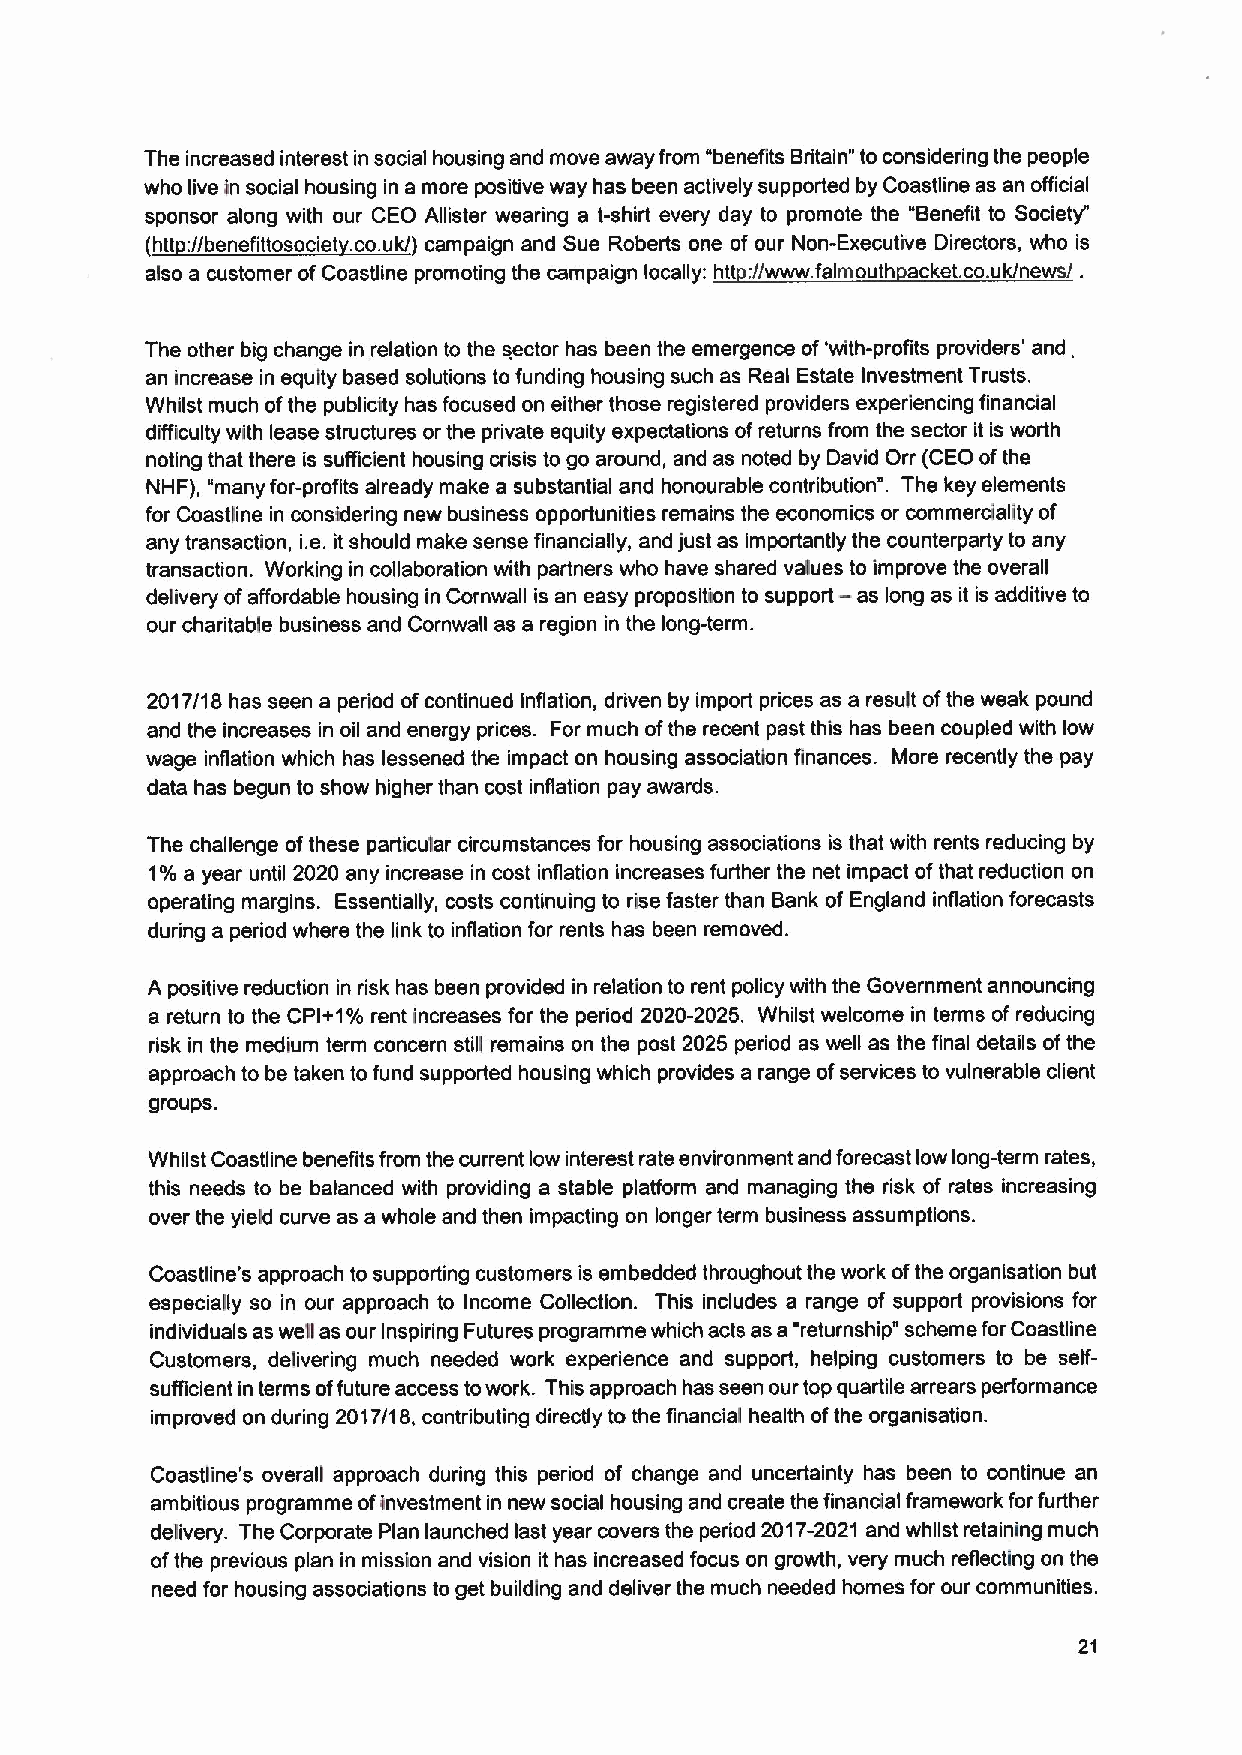
The increased interest in social housing and move away from "benefits Britain" to considering the people
 who live in social housing in a more positive way has been actively supported by Coastline as an official
 sponsor along with our CEO Allister wearing a t-shirt every day to promote the "Benefit to Society"
 (htt://benefittosociet .co. uk/) campaign and Sue Roberts one of our Non-Executive Directors, who is
 also a customer ofCoastline promoting the campaign locally: htt://www. falmouth acket.co.uk/news/.
 The other big change in relation to the sector has been the emergence of'with-profits providers' and,
 an increase in equity based solutions to funding housing such as Real Estate Investment Trusts.
 Whilst much ofthe publicity has focused on either those registered providers experiencing financial
 difficulty with lease structures or the private equity expectations ofreturns from the sector it is worth
 noting that there is sufficient housing crisis to go around, and as noted by David Orr (CEO ofthe
 NHF), "many for-profits already make a substantial and honourable contribution". The key elements
 for Coastline in considering new business opportunities remains the economics or commerciality of
 any transaction, i.e. it should make sense financially, and just as importantly the counterparty to any
 transaction. Working in collaboration with partners who have shared values to improve the overall
 delivery ofaffordable housing in Cornwall is an easy proposition to support —as long as it is additive to
 our charitable business and Cornwall as a region in the long-term.
 2017/18 has seen a period ofcontinued inflation, driven by import prices as a result ofthe weak pound
 and the increases in oil and energy prices. For much ofthe recent past this has been coupled with low
 wage inflation which has lessened the impact on housing associaQon finances. More recently the pay
 data has begun to show higher than cost inflation pay awards.
 The challenge ofthese particular circumstances for housing associations is that with rents reducing by
 1%a year until 2020 any increase in cost inflation increases further the net impact ofthat reduction on
 operating margins. Essentially, costs continuing to rise faster than Bank of England inflation forecasts
 during a period where the link to inflation for rents has been removed.
 A positive reduction in risk has been provided in relation to rent policy with the Government announcing
 a return to the CPI+1%rent increases for the period 2020-2025. Whilst welcome in terms of reducing
 risk in the medium term concern still remains on the post 2025 period as well as the final details ofthe
 approach to be taken to fund supported housing which provides a range ofservices to vulnerable client
 groups.
 Whilst Coastline benefits from the current low interest rate environment and forecast low long-term rates,
 this needs to be balanced with providing a stable plafform and managing the risk of rates increasing
 over the yield curve as a whole and then impacting on longer term business assumptions.
 Coastline's approach to supporting customers is embedded throughout the work ofthe organisation but
 especially so in our approach to Income Collection. This includes a range of support provisions for
 individuals as we' llas our Inspiring Futures programme which acts as a "returnship" scheme forCoastline
 Customers, delivering much needed work experience and support, helping customers to be self-
 sufficient in terms offuture access towork. This approach has seen our top quartile arrears performance
 improved on during 2017/18, contributing directly to the financial health ofthe organisation.
 Coastline's overall approach during this period of change and uncertainty has been to continue an
 ambitious programme ofinvestment in new social housing and create the financial framework forfurther
 delivery. The Corporate Plan launched last year covers the period 2017-2021 and whilst retaining much
 ofthe previous plan in mission and vision it has increased focus on growth, very much reflecting on the
 need for housing associations to get building and deliver the much needed homes for our communities.
 21